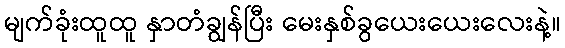
မျက်ခုံးထူထူ နှာတံချွန်ပြီး မေးနှစ်ခွယေးယေးလေးနဲ့။